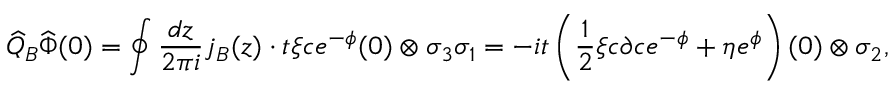
\widehat { Q } _ { B } \widehat { \Phi } ( 0 ) = \oint \frac { d z } { 2 \pi i } j _ { B } ( z ) \cdot t \xi c e ^ { - \phi } ( 0 ) \otimes \sigma _ { 3 } \sigma _ { 1 } = - i t \left( \frac { 1 } { 2 } \xi c \partial c e ^ { - \phi } + \eta e ^ { \phi } \right) ( 0 ) \otimes \sigma _ { 2 } ,